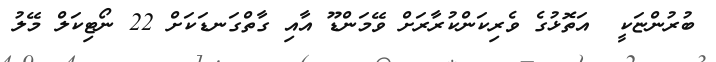
ބުރުންޏަކީ  އަތޮޅުގެ ވެރިކަންކުރާރަށް ވޭމަންޑޫ އާއި ގާތްގަނޑަކަށް 22 ނޯޓިކަލް މޭލު